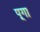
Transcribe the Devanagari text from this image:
पूगा